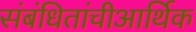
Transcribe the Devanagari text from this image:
संबंधितांचीआर्थिक